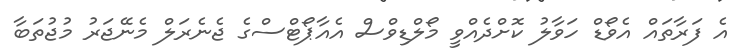
އެ ފަރާތައް އެވޯޑް ހަވާލު ކޮށްދެއްވީ މޯލްޑިވްސް އެއާޕޯޓްސްގެ ޖެނެރަލް މެނޭޖަރު މުޖުތަބާ